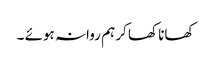
کھانا کھا کر ہم روانہ ہوئے ۔